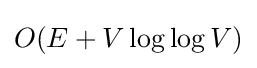
O(E+V\log {\log {V}})